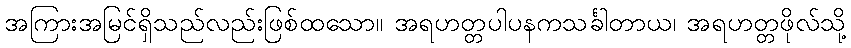
အကြားအမြင်ရှိသည်လည်းဖြစ်ထသော။ အရဟတ္တပါပနကသင်္ခါတာယ၊ အရဟတ္တဖိုလ်သို့